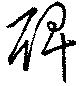
碑